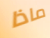
ماذا